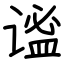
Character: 谧